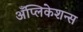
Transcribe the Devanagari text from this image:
अँप्लिकेशन्स